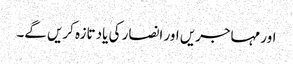
اور مہاجریں اور انصار کی یاد تازہ کریں گے۔